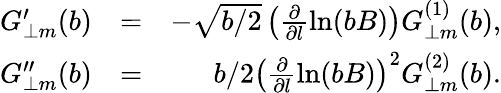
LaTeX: \begin{array}{rlr}{G_{\perp m}^{\prime}(b)}&{=}&{-\sqrt{b/2}\left(\frac{\partial}{\partial l}\ln(bB)\right)G_{\perp m}^{(1)}(b),}\\ {G_{\perp m}^{\prime\prime}(b)}&{=}&{b/2\left(\frac{\partial}{\partial l}\ln(bB)\right)^{2}G_{\perp m}^{(2)}(b).}\end{array}